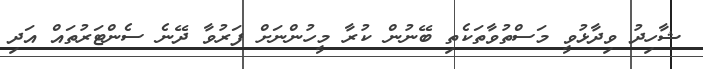
ޝާހިދު ވިދާޅުވީ މަސްތުވާތަކެތި ބޭނުން ކުރާ މީހުންނަށް ފަރުވާ ދޭނެ ސެންޓަރުތައް އަދި